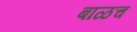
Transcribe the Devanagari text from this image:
बाळच